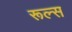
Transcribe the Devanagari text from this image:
रूल्‍स